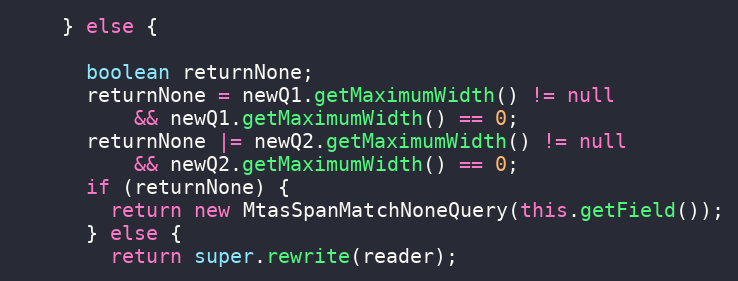
Language: Java
    } else {

      boolean returnNone;
      returnNone = newQ1.getMaximumWidth() != null
          && newQ1.getMaximumWidth() == 0;
      returnNone |= newQ2.getMaximumWidth() != null
          && newQ2.getMaximumWidth() == 0;
      if (returnNone) {
        return new MtasSpanMatchNoneQuery(this.getField());
      } else {
        return super.rewrite(reader);